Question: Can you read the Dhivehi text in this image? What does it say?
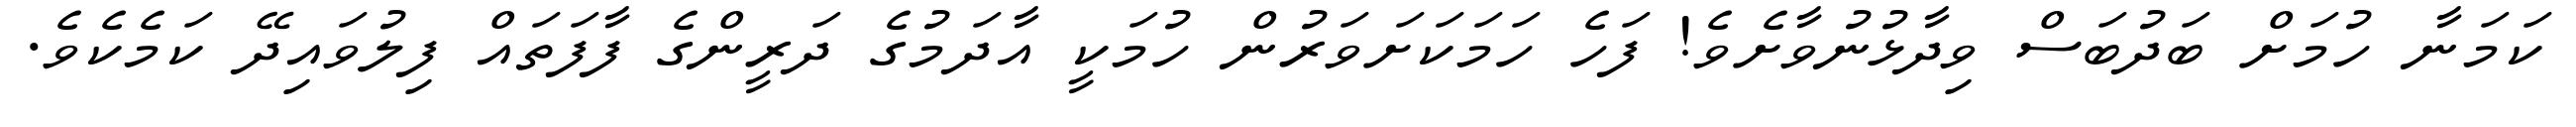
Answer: ކަމަނާ ހުމަށް ބަދުބަސް ވިދާޅުނުވާށެވެ! ފަހެ ހަމަކަށަވަރުން ހުމަކީ އާދަމުގެ ދަރީންގެ ފާފަތައް ފިލުވައިދޭ ކަމެކެވެ.